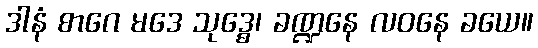
ဒါနံ စာဂေ မဒေ သုဒ္ဓေ၊ ခဏ္ဍနေ လဝနေ ခယေ။